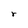
Character: r